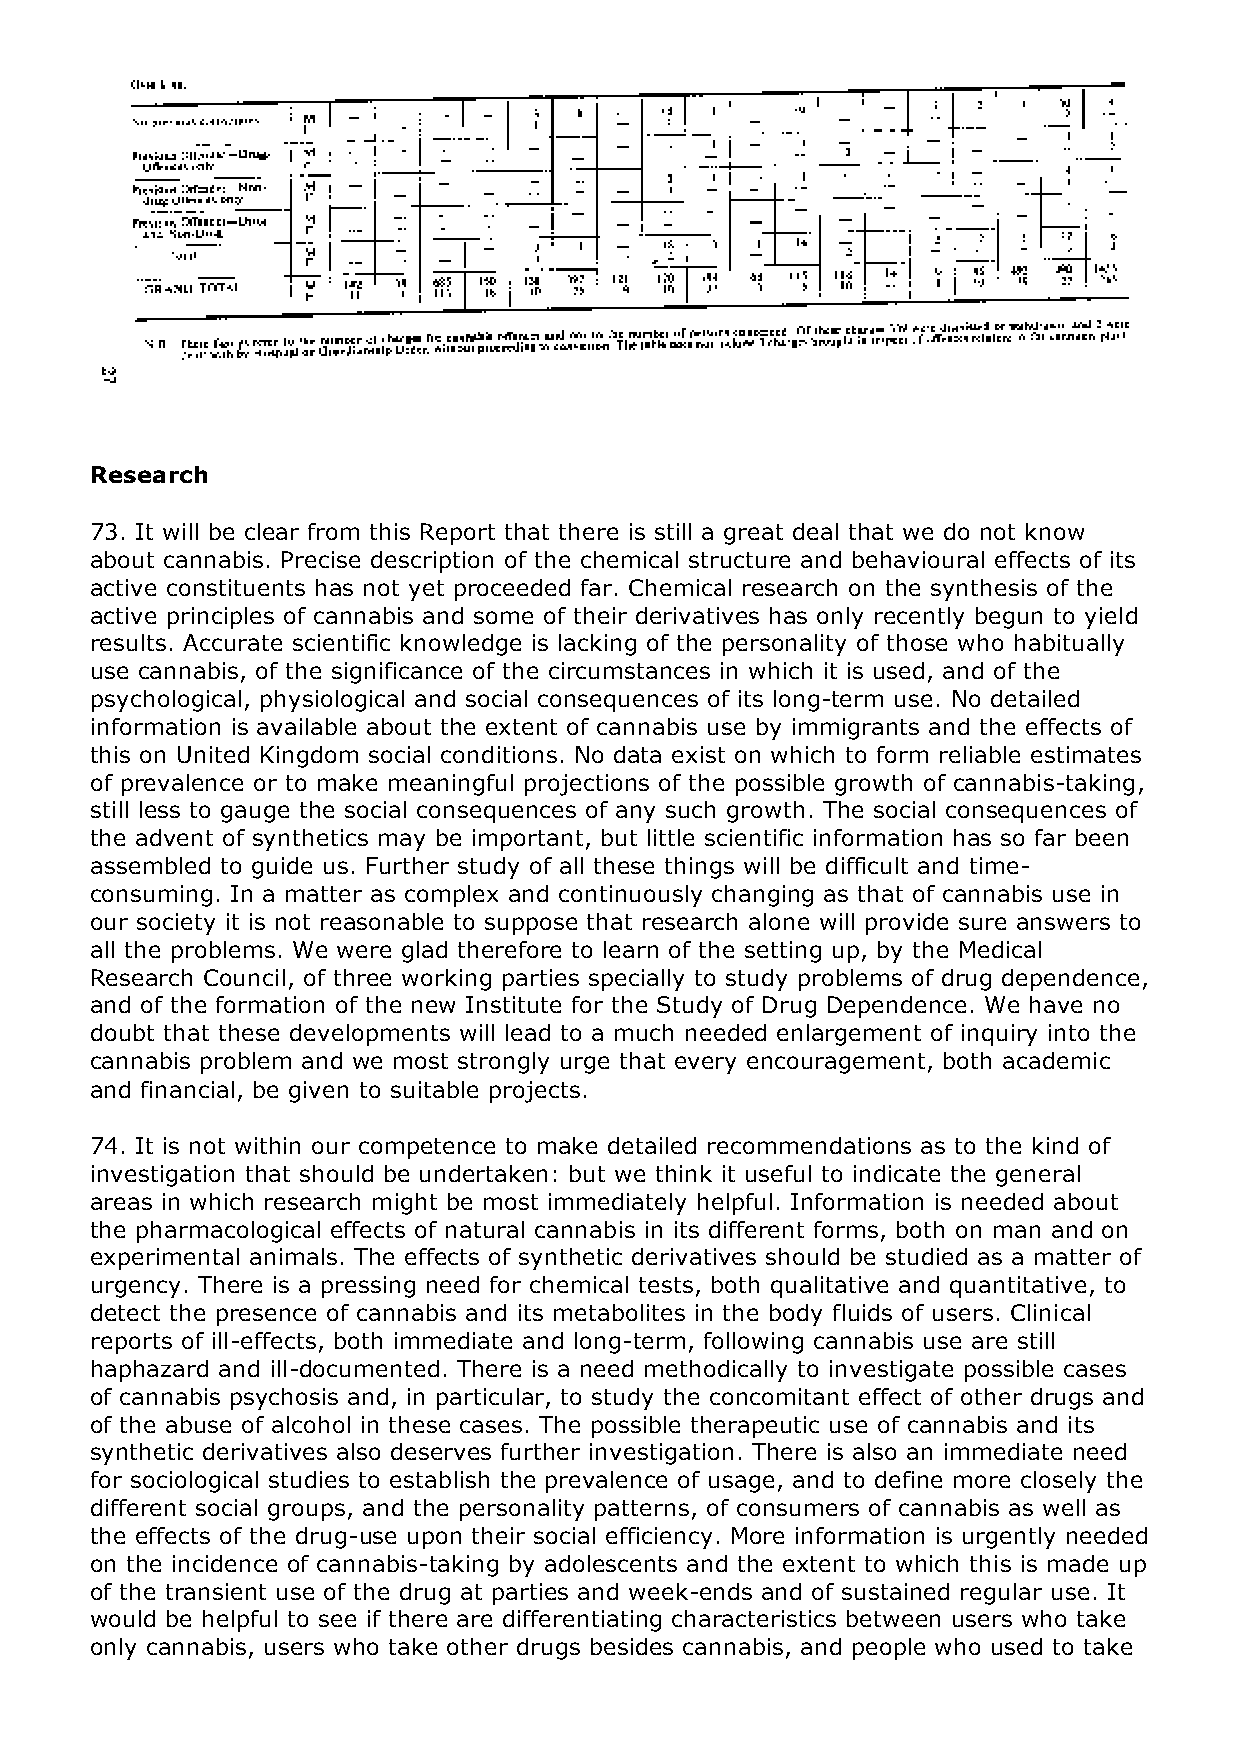
Research
 73. It will be clear from this Report that there is still a great deal that we do not know
 about cannabis. Precise description of the chemical structure and behavioural effects of its
 active constituents has not yet proceeded far. Chemical research on the synthesis of the
 active principles of cannabis and some of their derivatives has only recently begun to yield
 results. Accurate scientific knowledge is lacking of the personality of those who habitually
 use cannabis, of the significance of the circumstances in which it is used, and of the
 psychological, physiological and social consequences of its long-term use. No detailed
 information is available about the extent of cannabis use by immigrants and the effects of
 this on United Kingdom social conditions. No data exist on which to form reliable estimates
 of prevalence or to make meaningful projections of the possible growth of cannabis-taking,
 still less to gauge the social consequences of any such growth. The social consequences of
 the advent of synthetics may be important, but little scientific information has so far been
 assembled to guide us. Further study of all these things will be difficult and time-
 consuming. In a matter as complex and continuously changing as that of cannabis use in
 our society it is not reasonable to suppose that research alone will provide sure answers to
 all the problems. We were glad therefore to learn of the setting up, by the Medical
 Research Council, of three working parties specially to study problems of drug dependence,
 and of the formation of the new Institute for the Study of Drug Dependence. We have no
 doubt that these developments will lead to a much needed enlargement of inquiry into the
 cannabis problem and we most strongly urge that every encouragement, both academic
 and financial, be given to suitable projects.
 74. It is not within our competence to make detailed recommendations as to the kind of
 investigation that should be undertaken: but we think it useful to indicate the general
 areas in which research might be most immediately helpful. Information is needed about
 the pharmacological effects of natural cannabis in its different forms, both on man and on
 experimental animals. The effects of synthetic derivatives should be studied as a matter of
 urgency. There is a pressing need for chemical tests, both qualitative and quantitative, to
 detect the presence of cannabis and its metabolites in the body fluids of users. Clinical
 reports of ill-effects, both immediate and long-term, following cannabis use are still
 haphazard and ill-documented. There is a need methodically to investigate possible cases
 of cannabis psychosis and, in particular, to study the concomitant effect of other drugs and
 of the abuse of alcohol in these cases. The possible therapeutic use of cannabis and its
 synthetic derivatives also deserves further investigation. There is also an immediate need
 for sociological studies to establish the prevalence of usage, and to define more closely the
 different social groups, and the personality patterns, of consumers of cannabis as well as
 the effects of the drug-use upon their social efficiency. More information is urgently needed
 on the incidence of cannabis-taking by adolescents and the extent to which this is made up
 of the transient use of the drug at parties and week-ends and of sustained regular use. It
 would be helpful to see if there are differentiating characteristics between users who take
 only cannabis, users who take other drugs besides cannabis, and people who used to take